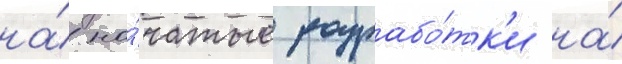
на́ на́чатые разрабо́тк'и на́